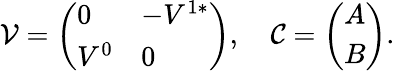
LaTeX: \mathcal{V}=\left(\begin{array}{ll}{0}&{-V^{1*}}\\ {V^{0}}&{0}\end{array}\right),\quad\mathcal{C}=\left(\begin{array}{l}{A}\\ {B}\end{array}\right).